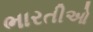
ભારતીઓ